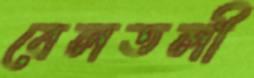
বেলতলী